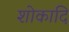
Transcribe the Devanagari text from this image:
शोकादि